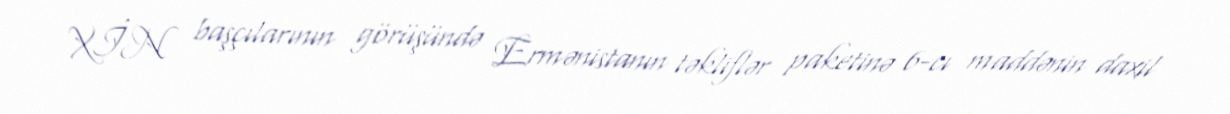
XİN başçılarının görüşündə Ermənistanın təkliflər paketinə 6-cı maddənin daxil